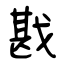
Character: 戡